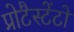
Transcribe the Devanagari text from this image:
प्रोटैस्टेंटों